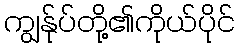
ကျွန်ုပ်တို့၏ကိုယ်ပိုင်